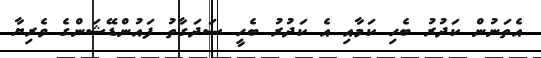
އެތަނުން ކަދުރު ބެހި ކަމާއި އެ ކަދުރު ބެހީ ސަދަގާތު ފައުންޑޭޝަންގެ ވެރިޔާ